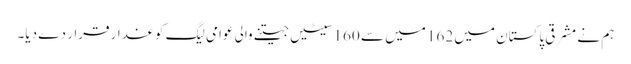
ہم نے مشرقی پاکستان میں 162 میں سے 160 سیٹیں جیتنے والی عوامی لیگ کو غدار قرار دے دیا۔